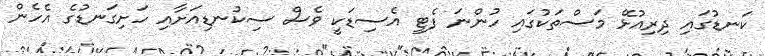
ކަނޑުގައި ދިރިއުޅޭ މަސްތަކުގައި ހުންނަ ފެޓީ އެސިޑަކީ ވެސް ސިކުނޑިއަށާއި ހަށިގަނޑުގެ އެހެން